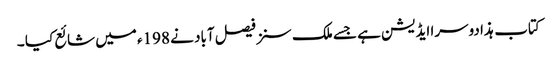
کتاب ہذا دوسرا ایڈیشن ہے جسے ملک سنز فیصل آباد نے 198ء میں شائع کیا ۔